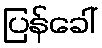
ပြန်ခေါ်